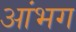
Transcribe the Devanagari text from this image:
आंभग